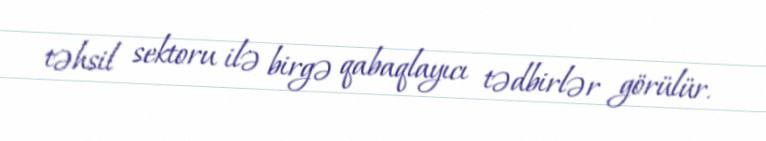
təhsil sektoru ilə birgə qabaqlayıcı tədbirlər görülür.